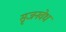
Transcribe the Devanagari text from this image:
सृजनवेध